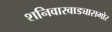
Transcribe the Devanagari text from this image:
शनिवारवाड्यासमोर